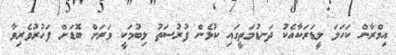
އިމްރާން ކަހަލަ ލީޑަރަކާއެކު ދަނޑުމަތީގައި ކުޅެން ފުރުސަތު ލިބުމަކީ ވަރަށް ބޮޑަށް ފަހުރުވެރިވާ